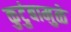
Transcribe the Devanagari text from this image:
कुटुंबामुळे